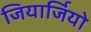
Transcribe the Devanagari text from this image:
जियार्जियो